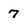
Character: 7